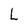
Character: L